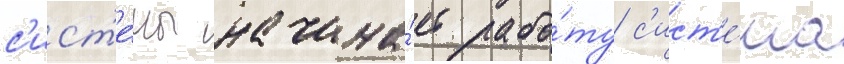
с'ист'е́мы начина́ет рабо́ту с'ист'е́ма